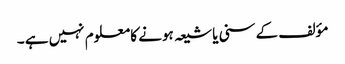
مؤلف کے سنی یا شیعہ ہونے کا معلوم نہیں ہے ۔